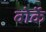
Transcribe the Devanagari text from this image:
वोर्के